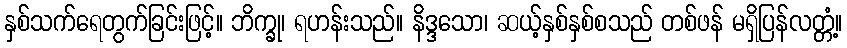
နှစ်သက်ရေတွက်ခြင်းဖြင့်။ ဘိက္ခု၊ ရဟန်းသည်။ နိဒ္ဒသော၊ ဆယ့်နှစ်နှစ်စသည် တစ်ဖန် မရှိပြန်လတ္တံ့။